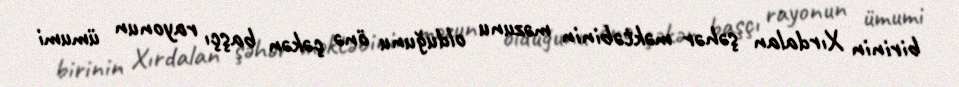
birinin Xırdalan şəhər məktəbinin məzunu olduğunu önə çəkən başçı rayonun ümumi